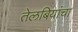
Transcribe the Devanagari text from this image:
तेलबियांचा